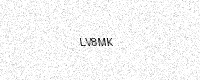
Text: LV8MK